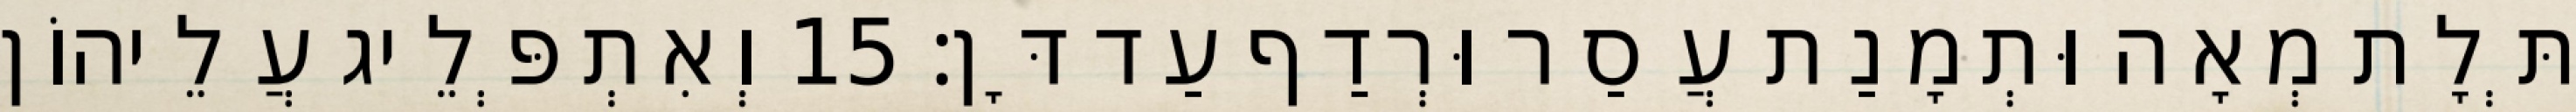
תְּלָת מְאָה וּתְמָנַת עֲסַר וּרְדַף עַד דָּן׃ 15 וְאִתְפְּלֵיג עֲלֵיהוֹן